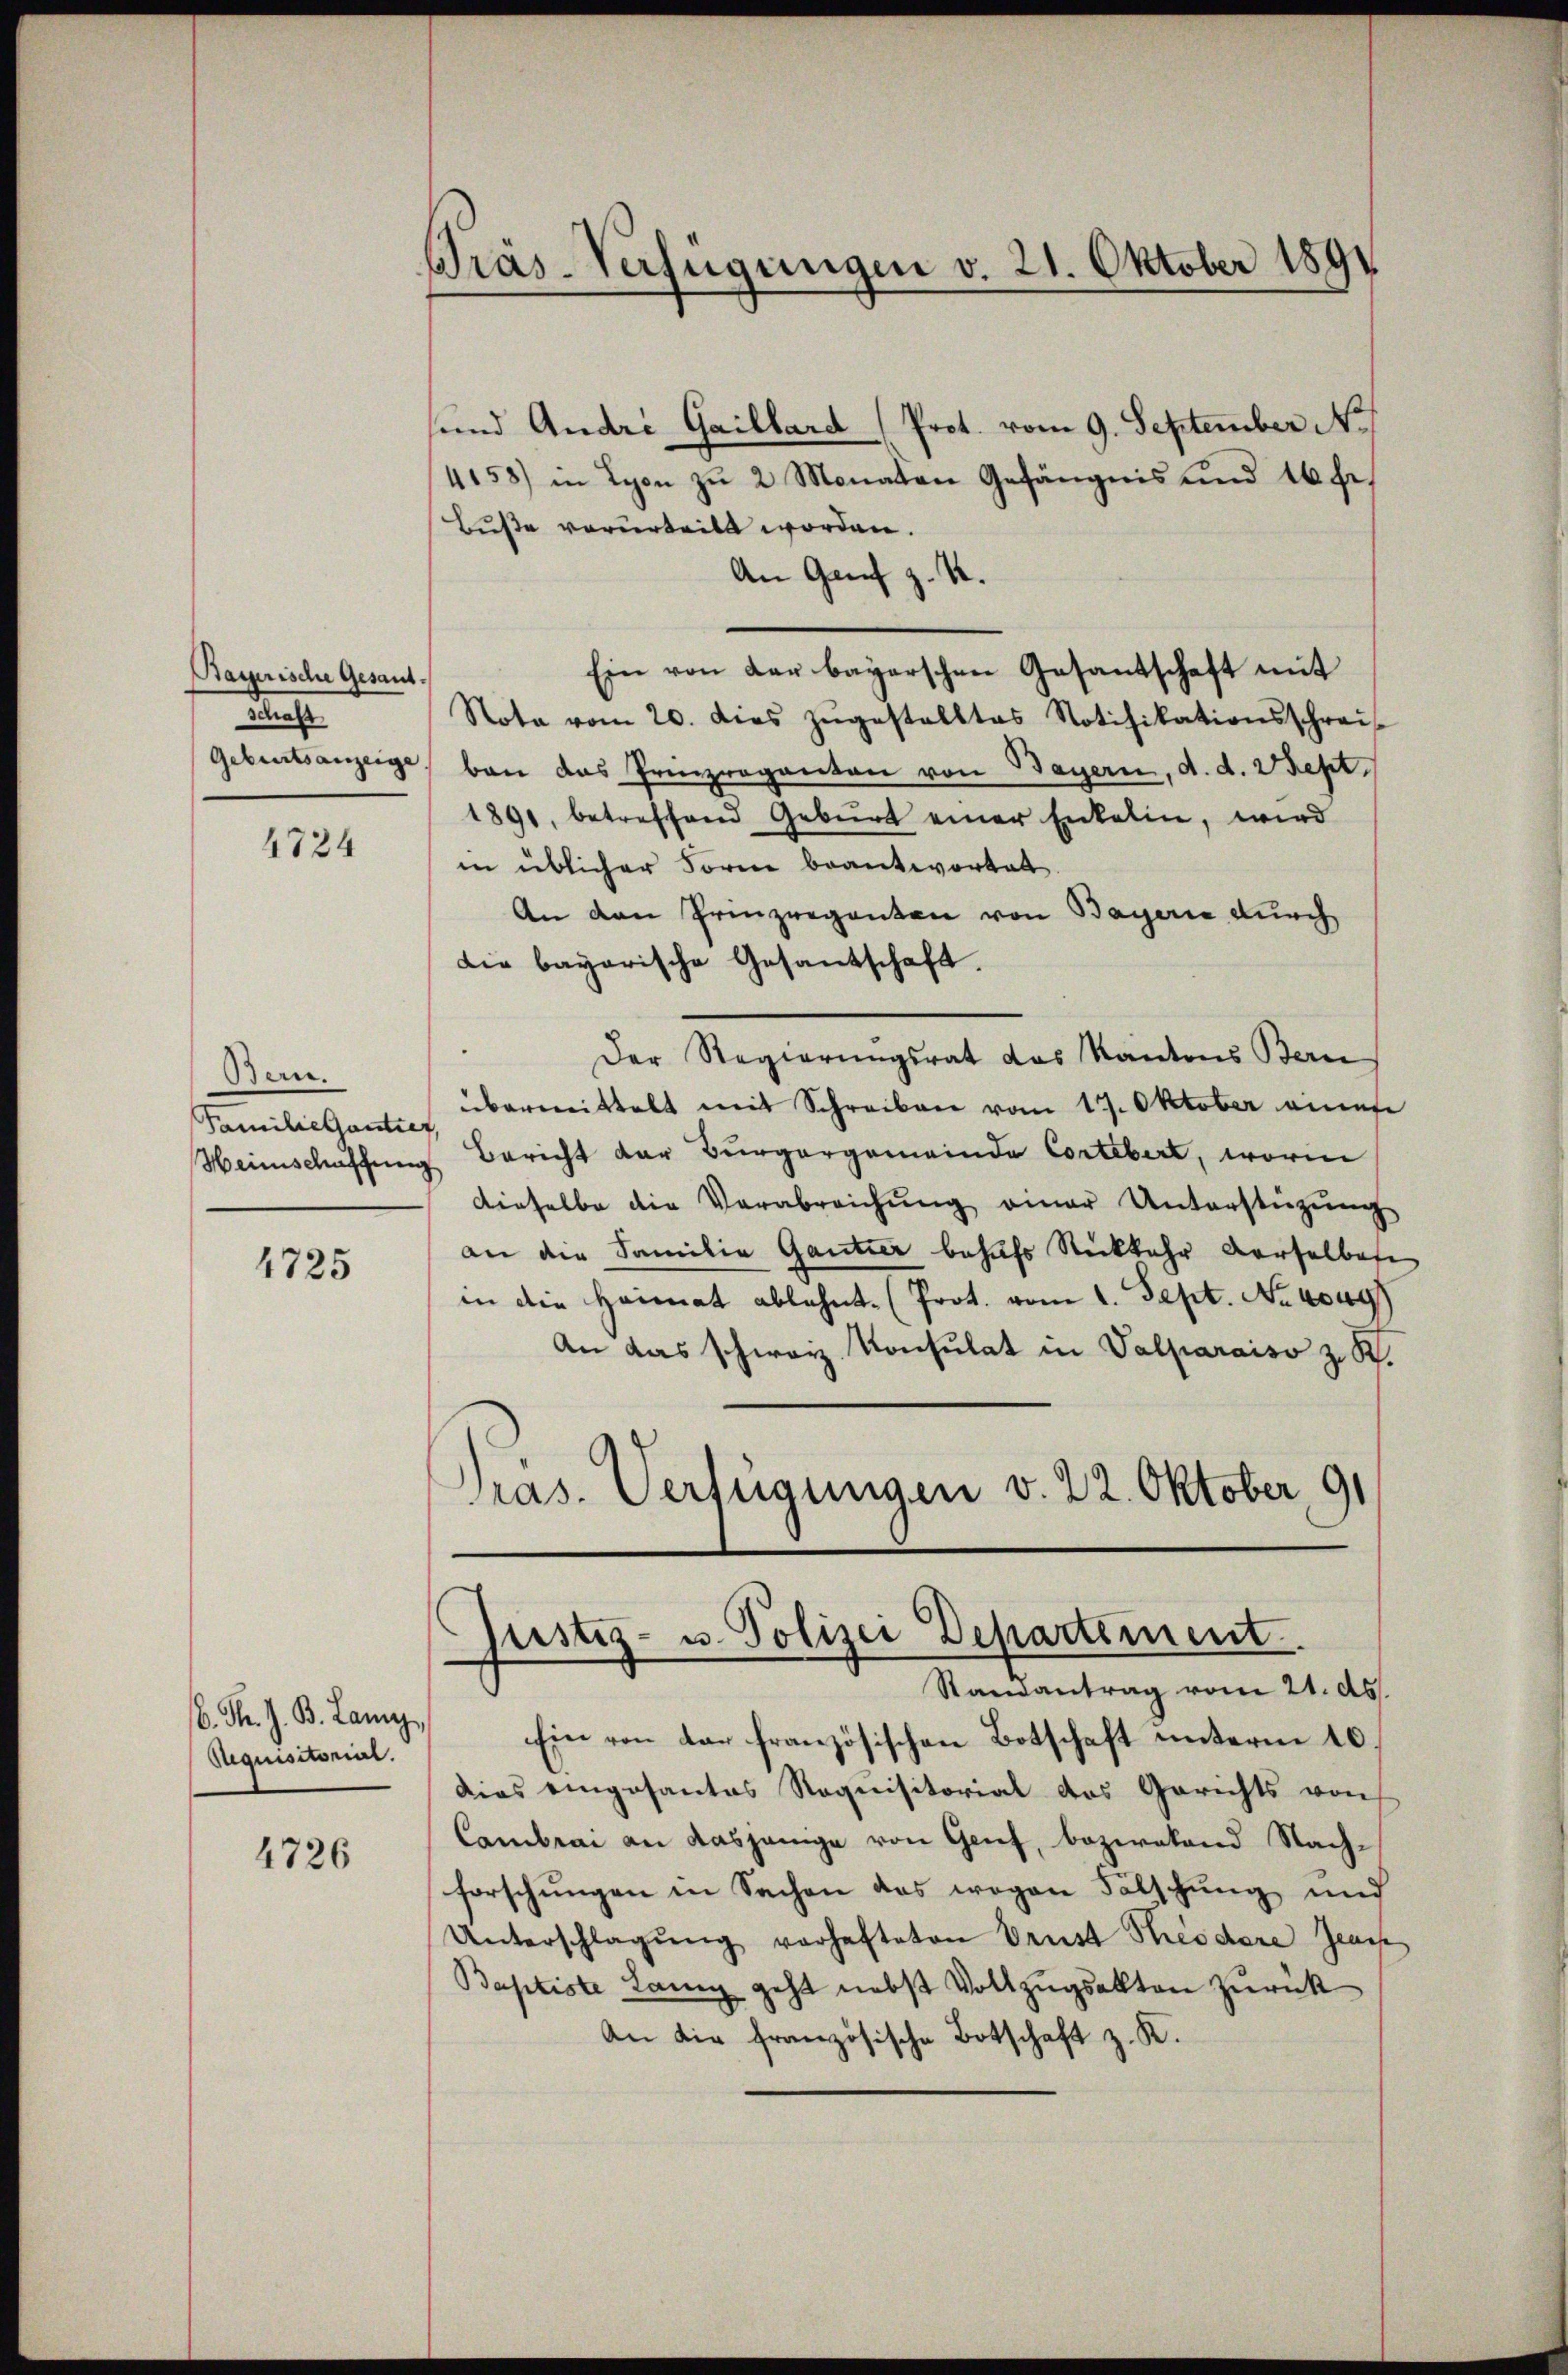
Bayerische Gesant.
dachte

4724

Bern.

4725

6. F. J. B. Lan
Aequisitorial.

4726

Prás-Verfügungen v. 21. Oktober 1891

sund Andri Gaillard (Prot. vom 9. September No
4158) in Lyon zŭ 2 Monaten Gefängnis und 16 Fr.
Buße verurteilt worden.
An Genf z. B.
Ein von der bayerschen Gesandschaft mit
Nota vom 20. dies zŭgestelltes Notifikationsschrei
Geburtsanzeige, ban das Prinzreganten von Bayern, d. d. Wept.
1891, betreffend Geburt einer Enkelin, wird
in üblicher Form beantwortal
An den Prinzreganten von Bayerie durch
die bayerische Gesantschaft.
Der Regierungsrat das Kantons Bern
Familiessanten übermittelt mit Schreiben vom 17. Oktober eines
Weinschaffung Bericht der Bürgergemeinde Cortebert, worin
dieselbe die Verabreichŭng einer Unterstützŭng
an die Familie Gantier behufs Rückkehr verselber
in die Heimat ablehnt. (Prot. vom 1. Sept. No. 40497
An das schweiz. Konsulat in Valparaiso z. R.
Pras. Verfügungen v. 22. Oktober 191

Justiz- u. Polizei Departement
Randantrag vom 21. ds.

Ein von der französischen Botschaft unterm 10.
Dies emposantes Requisitorial das Gerichts von
Cambrai an dasjenige von Genf, beziehend Nachforschungen in Sachen das wegen Fälschung und
Unterschlagŭng verhafteten Brust Theodare Jeuch
Baptiste Lang geht nebst Vollzugsakten zurück
An die französische Botschaft z. R.